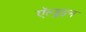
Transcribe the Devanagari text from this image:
ऍल्डुइन